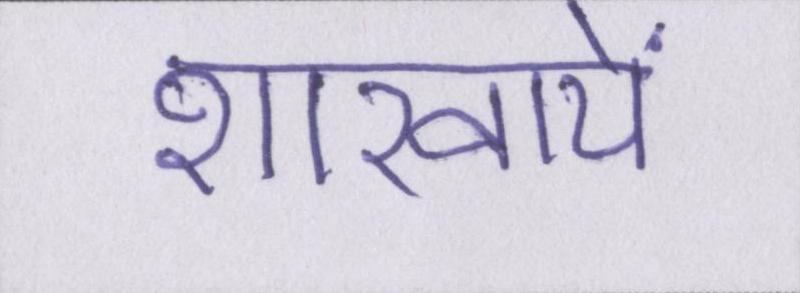
शाखायें